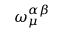
\omega _ { \mu } ^ { \alpha \beta }